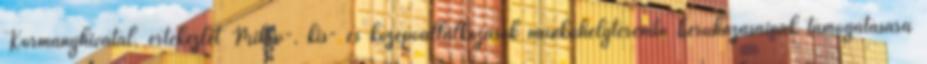
Kormányhivatal, értekezlet Mikro-, kis- és középvállalkozások munkahelyteremtő beruházásainak támogatására